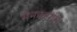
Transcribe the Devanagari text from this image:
मेनकागंगा